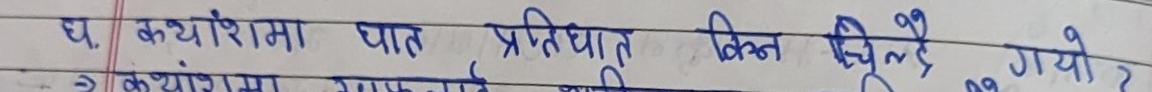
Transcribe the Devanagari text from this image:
घ. कथंशरीमा घात प्रतिघात किन हुन्छ ?